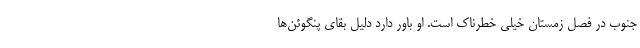
جنوب در فصل زمستان خیلی خطرناک است. او باور دارد دلیل بقای پنگوئن‌ها